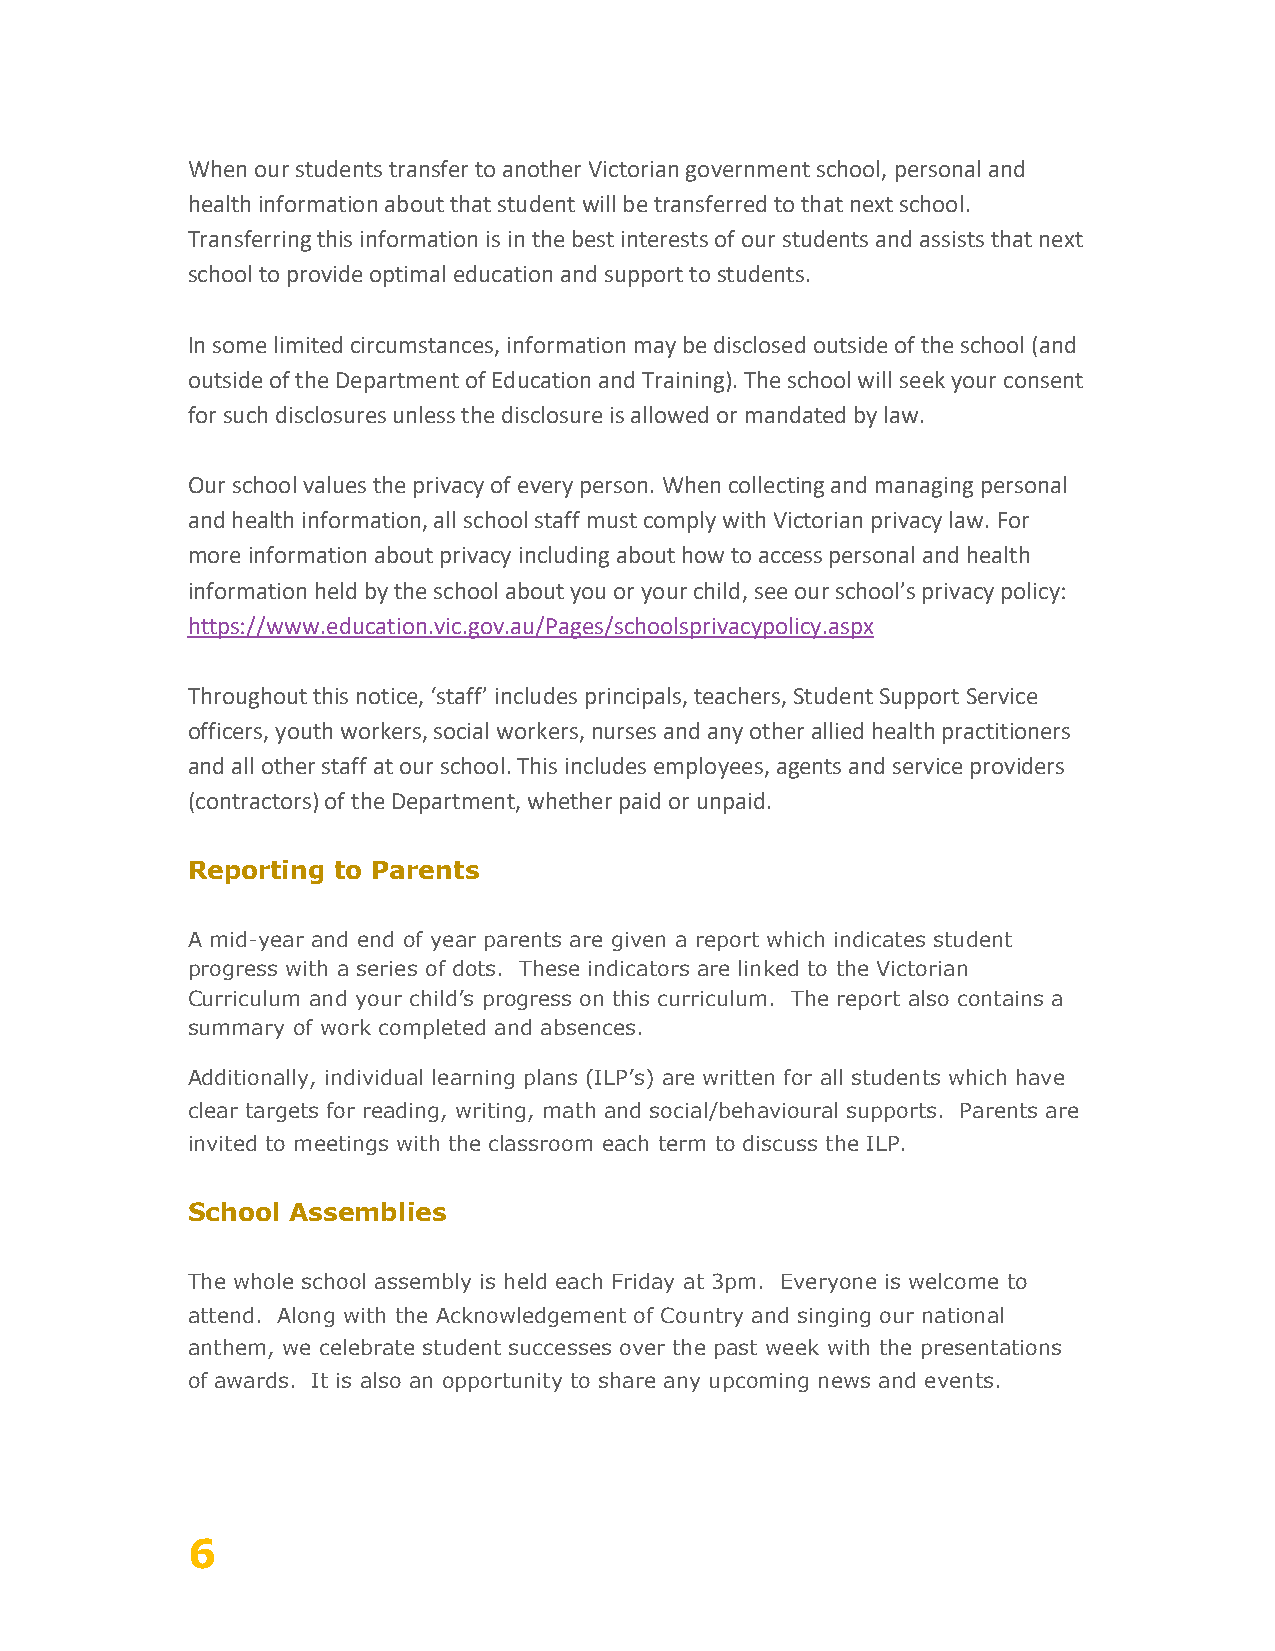
When our students transfer to another Victorian government school, personal and
 health information about that student will be transferred to that next school.
 Transferring this information is in the best interests of our students and assists that next
 school to provide optimal education and support to students.
 In some limited circumstances, information may be disclosed outside of the school (and
 outside of the Department of Education and Training). The school will seek your consent
 for such disclosures unless the disclosure is allowed or mandated by law.
 Our school values the privacy of every person. When collecting and managing personal
 and health information, all school staff must comply with Victorian privacy law. For
 more information about privacy including about how to access personal and health
 information held by the school about you or your child, see our school’s privacy policy:
 https://www.education.vic.gov.au/Pages/schoolsprivacypolicy.aspx
 Throughout this notice, ‘staff’ includes principals, teachers, Student Support Service
 officers, youth workers, social workers, nurses and any other allied health practitioners
 and all other staff at our school. This includes employees, agents and service providers
 (contractors) of the Department, whether paid or unpaid.
 Reporting to Parents
 A mid-year and end of year parents are given a report which indicates student
 progress with a series of dots. These indicators are linked to the Victorian
 Curriculum and your child’s progress on this curriculum. The report also contains a
 summary of work completed and absences.
 Additionally, individual learning plans (ILP’s) are written for all students which have
 clear targets for reading, writing, math and social/behavioural supports. Parents are
 invited to meetings with the classroom each term to discuss the ILP.
 School Assemblies
 The whole school assembly is held each Friday at 3pm. Everyone is welcome to
 attend. Along with the Acknowledgement of Country and singing our national
 anthem, we celebrate student successes over the past week with the presentations
 of awards. It is also an opportunity to share any upcoming news and events.
 6